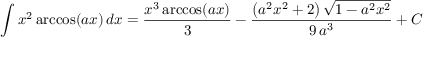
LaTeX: \int x ^ { 2 } \operatorname { a r c c o s } ( a x ) \, d x = { \frac { x ^ { 3 } \operatorname { a r c c o s } ( a x ) } { 3 } } - { \frac { \left( a ^ { 2 } x ^ { 2 } + 2 \right) { \sqrt { 1 - a ^ { 2 } x ^ { 2 } } } } { 9 \, a ^ { 3 } } } + C